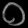
Digit: ၀